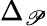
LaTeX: \Delta_{\mathscr{P}}